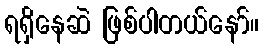
ရရှိနေဆဲ ဖြစ်ပါတယ်နော်။